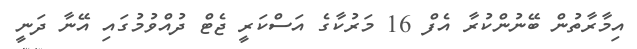
އިމާރާތުން ބޭނުންކުރާ އެފް 16 މަރުކާގެ އަސްކަރީ ޖެޓް ދުއްވުމުގައި އޭނާ ދަނީ